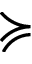
\succcurlyeq